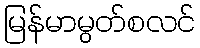
မြန်မာမွတ်စလင်